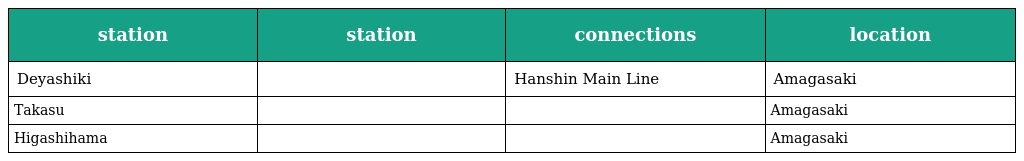
| station | station | connections | location |
 | --- | --- | --- | --- |
 | Deyashiki | 出屋敷 | Hanshin Main Line | Amagasaki |
 | Takasu | 高洲 |  | Amagasaki |
 | Higashihama | 東浜 |  | Amagasaki |